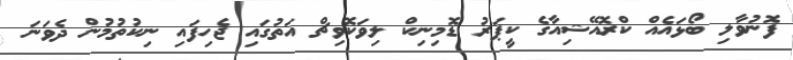
ފޮނުވާލި ބޯޅައެއް ކްރޮއޭޝިއާގެ ކީޕަރު ޑޮމިނިކް ލިވަކޮވިޗް އަތުގައި ޖެހިފައި ނިކުތުމުން ދެވަނަ